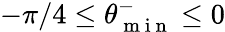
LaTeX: -\pi/4\leq\theta_{\mathrm{~m~i~n~}}^{-}\leq 0